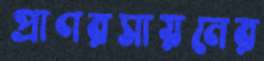
প্রাণরসায়নের